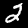
Digit: 2